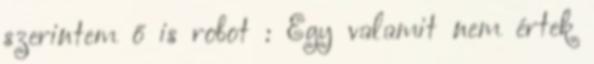
szerintem ő is robot : Egy valamit nem értek